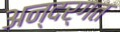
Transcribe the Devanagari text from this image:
अन्दर्गत